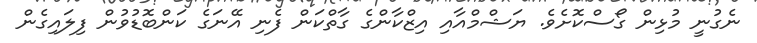
ނެގުނީ މުޅިން ގޯސްކޮށެވެ. ޔަޝްމްއާއި އިޒްކާންގެ ގާތްކަން ފެނި އޭނަގެ ކަންބޮޑުވުން ފިލައިގެން